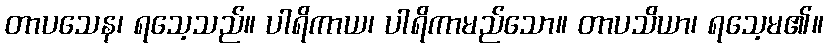
တာပသေန၊ ရသေ့သည်။ ပါရိကာယ၊ ပါရိကာမည်သော။ တာပသိယာ၊ ရသေ့မ၏။